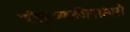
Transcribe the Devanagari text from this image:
चीरकृष्णाजिनाम्बरौ